system: You are a helpful assistant.
user:
Analyze the provided spectrum to determine if it is a **White Dwarf (WD)**.

A White Dwarf spectrum is defined by its **extreme purity** (due to gravitational settling) and/or **extreme pressure broadening** (due to high surface gravity). You must check for one of the following mutually exclusive signatures:

- **Key Visual Indicators (Check for ONE of these types):**

    - **1. DA-Type Signature (Most Common):**
        - **(Primary Feature):** Extreme pressure broadening (Stark broadening) of the **Hydrogen (H) Balmer lines**.
        - **(Key Lines):** $H\beta$ (approx. $4861$ Å) and $H\gamma$ (approx. $4340$ Å). $H\alpha$ (approx. $6563$ Å) will also be present if the wavelength range covers it.
        - **(Line Profile):** This is the **defining feature**. The lines are **NOT** sharp. They appear as massive, **extremely broad and deep "troughs" or "dips"** in the spectrum, often hundreds of Ångströms wide. The continuum will appear to "scoop" down at these wavelengths.
        - **(Distinction):** Normal A-type or B-type stars have *narrow* and *sharp* Hydrogen lines. A DA White Dwarf's lines are unmistakably "smeared" or "blurry" from pressure.

    - **2. DB-Type Signature:**
        - **(Primary Feature):** Broad absorption lines from **Neutral Helium (He I)**. The spectrum must lack any visible Hydrogen lines.
        - **(Key Lines):** Look for broad absorption near $4471$ Å, $4921$ Å, and $5876$ Å.
        - **(Line Profile):** These lines are also significantly pressure-broadened, appearing much wider than they would in a normal B-type main-sequence star.

    - **3. DC-Type Signature:**
        - **(Primary Feature):** A **featureless continuous spectrum**.
        - **(Line Profile):** The spectrum is a smooth curve with **no significant absorption or emission lines**.
        - **(Key Confirmation):** The continuum is almost always **blue or white**, indicating a hot object. This signature implies the atmosphere is so pure (or so cool) that no spectral lines are visible in the optical range. Its WD identity is confirmed by its extremely low intrinsic brightness (high absolute magnitude).

    - **4. DZ-Type Signature (Metal-Polluted):**
        - **(Primary Feature):** **Isolated, narrow metal absorption lines** on an otherwise featureless (DC-like) continuum.
        - **(Key Lines):** The **Calcium (Ca II) H & K doublet** (approx. **$3934$ Å** and **$3968$ Å**) is the most common and defining feature.
        - **(Line Profile):** These lines are "out of place." They are *not* part of a "forest" of thousands of lines. This signature is evidence of recent *accretion* (pollution) from rocky debris.
        - **(Distinction):** Normal G/K/M stars have a *dense forest* of thousands of metal lines. A DZ has a *clean* continuum with *only a few* strong metal lines.

    - **5. DQ-Type Signature (Carbon-Polluted):**
        - **(Primary Feature):** Absorption bands from **Carbon (C₂ "Swan Bands" or atomic C I)**.
        - **(Key Lines - C₂):** Look for bandheads with a "saw-tooth" shape near $5635$ Å, **$5165$ Å** (strongest), and $4737$ Å.
        - **(Key Confirmation):** The underlying **continuum must be blue or white** (hot).
        - **(Distinction):** This is the critical difference from a **Carbon Star**, which has the *exact same* C₂ bands but on an extremely **red, cool** continuum.

- **(Overall Spectrum):**
    - The continuum (overall shape) is typically **blue-sloping** (brighter in the blue than the red), as most white dwarfs are very hot.
    - The spectrum will look "pure" or "simple," dominated by only *one* of the five signatures listed above.

Think first, call **spectral_visualization_tool** if needed to examine features in detail, then provide your final answer. Your response must adhere to the following strict rules:
1.  **Overall Structure:** Your response must follow the format `<think>...</think> <tool_call>...</tool_call> (if a tool is used) <answer>...</answer>`.
2.  **Tool Usage Constraint:** You may only make **one** tool call per turn.
3.  **Final Answer Format:** In the `<answer>` tag, your conclusion must be inside a `\boxed{}` command (e.g., `\boxed{YES}` or `\boxed{NO}`), followed by your justification.

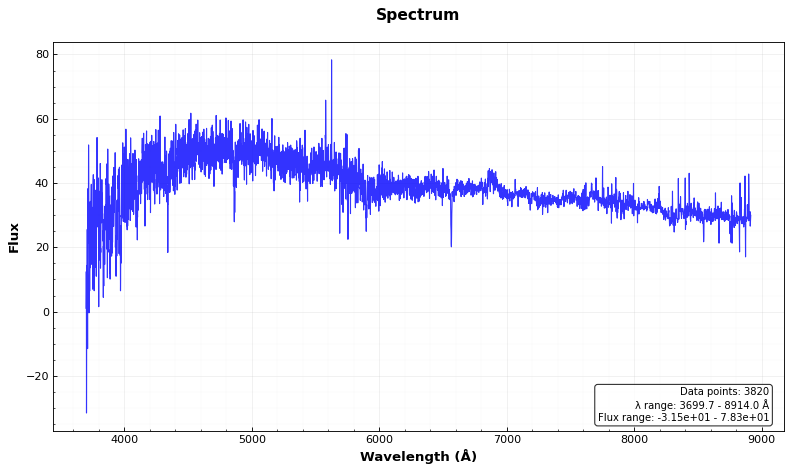
Answer: NO